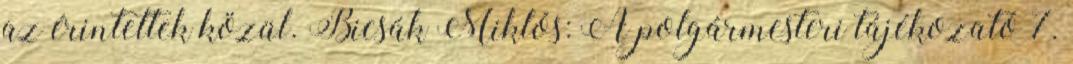
az érintettek közül. Bicsák Miklós: A polgármesteri tájékozató 7.